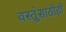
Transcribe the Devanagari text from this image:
वस्तूंसाठीही